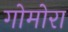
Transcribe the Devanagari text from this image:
गोमोरा